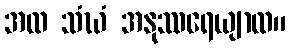
အထ သံဃံ အနုဿရေယျာထ။